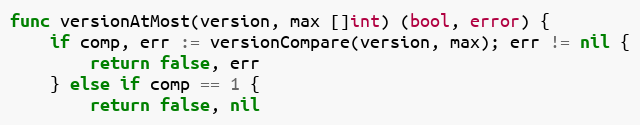
Language: Go
func versionAtMost(version, max []int) (bool, error) {
	if comp, err := versionCompare(version, max); err != nil {
		return false, err
	} else if comp == 1 {
		return false, nil